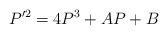
LaTeX: \begin{align*} P'^2 = 4 P^3 + AP+ B \end{align*}